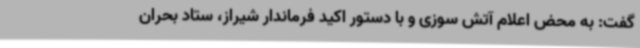
گفت: به محض اعلام آتش سوزی و با دستور اکید فرماندار شیراز، ستاد بحران